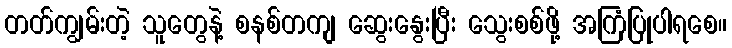
တတ်ကျွမ်းတဲ့ သူတွေနဲ့ စနစ်တကျ ဆွေးနွေးပြီး သွေးစစ်ဖို့ အကြံပြုပါရစေ။